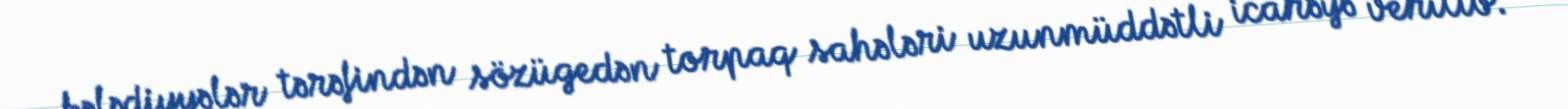
bələdiyyələr tərəfindən sözügedən torpaq sahələri uzunmüddətli icarəyə verilib.